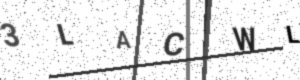
Text: 3LACWL